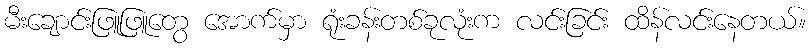
မီးချောင်းဖြူဖြူတွေ အောက်မှာ ရုံးခန်းတစ်ခုလုံးက လင်းခြင်း ထိန်လင်းနေတယ်။